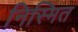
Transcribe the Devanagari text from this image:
निस्मित